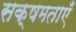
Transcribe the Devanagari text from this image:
सक्षमताएँ